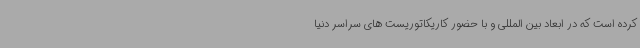
کرده است که در ابعاد بین المللی و با حضور کاریکاتوریست های سراسر دنیا